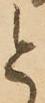
と